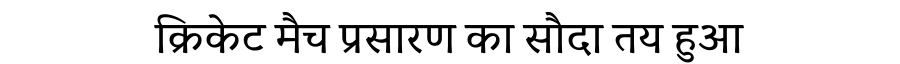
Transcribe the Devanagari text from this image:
क्रिकेट मैच प्रसारण का सौदा तय हुआ